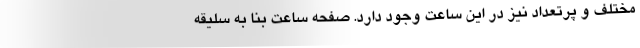
مختلف و پرتعداد نیز در این ساعت وجود دارد. صفحه ساعت بنا به سلیقه‌